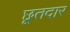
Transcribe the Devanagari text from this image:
छूतदार